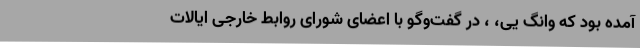
آمده بود که وانگ یی، ، در گفت‌وگو با اعضای شورای روابط خارجی ایالات